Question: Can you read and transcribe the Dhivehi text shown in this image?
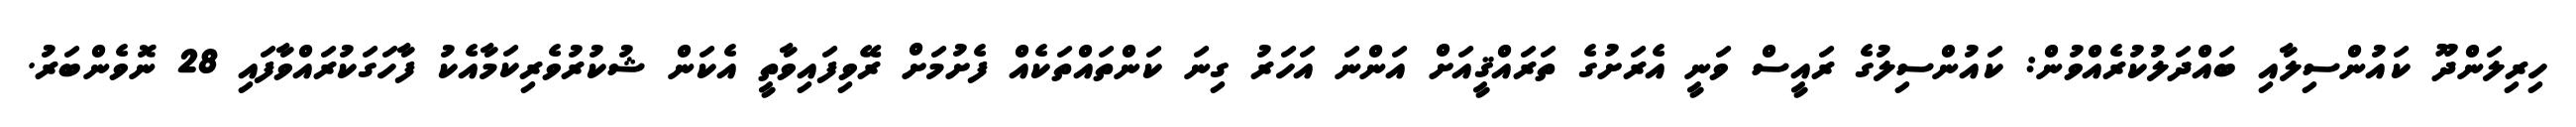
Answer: ހިރިލަންދޫ ކައުންސިލާއި ބައްދަލުކުރެއްވުން: ކައުންސިލުގެ ރައީސް ވަނީ އެރަށުގެ ތަރައްޤީއަށް އަންނަ އަހަރު ގިނަ ކަންތައްތަކެއް ފެށުމަށް ރޭވިފައިވާތީ އެކަން ޝުކުރުވެރިކަމާއެކު ފާހަގަކުރައްވާފައި 28 ނޮވެންބަރު.